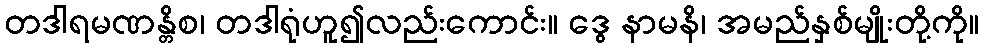
တဒါရမဏန္တိစ၊ တဒါရုံဟူ၍လည်းကောင်း။ ဒွေ နာမနိ၊ အမည်နှစ်မျိုးတို့ကို။